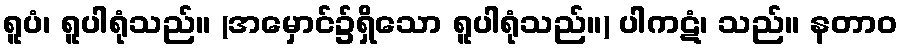
ရူပံ၊ ရူပါရုံသည်။ (အမှောင်၌ရှိသော ရူပါရုံသည်။) ပါကဋံ၊ သည်။ နတာဝ